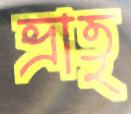
ভ্রাতৃৃ